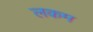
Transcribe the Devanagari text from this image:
लकम